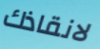
لانقاذك